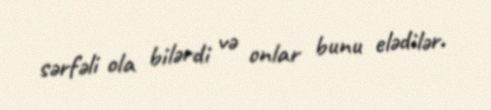
sərfəli ola bilərdi və onlar bunu elədilər.